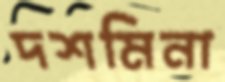
দশমিনা